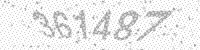
Solution: 361487